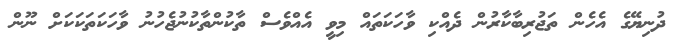
ދުނިޔޭގެ އެހެން ތަޖުރިބާކާރުން ދެއްކި ވާހަކަތައް މިވީ އެއްވެސް ތާކުންތާކުނުޖެހުނު ވާހަކަތަކަކަށް ނޫން